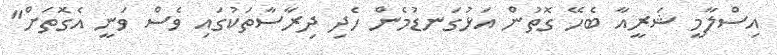
އިސްލާމީ ޝަރީއާ ބެހޭ ގޮތުން އަޅުގަނޑުމެން ހެދި ދިރާސާތަކުގައި ވެސް ވަނީ އެގޮތަށް"